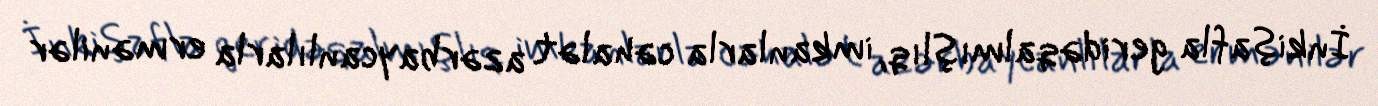
İnkişafla geridəqalmışlıq, imkanlarla cəhalət azərbaycanlılarla ermənilər